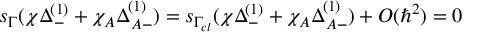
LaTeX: s _ { \Gamma } ( \chi \Delta _ { - } ^ { ( 1 ) } + \chi _ { A } \Delta _ { A - } ^ { ( 1 ) } ) = s _ { \Gamma _ { c l } } ( \chi \Delta _ { - } ^ { ( 1 ) } + \chi _ { A } \Delta _ { A - } ^ { ( 1 ) } ) + { \cal O } ( \hbar ^ { 2 } ) = 0